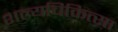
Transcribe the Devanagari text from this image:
शल्‍यचिकित्‍सा